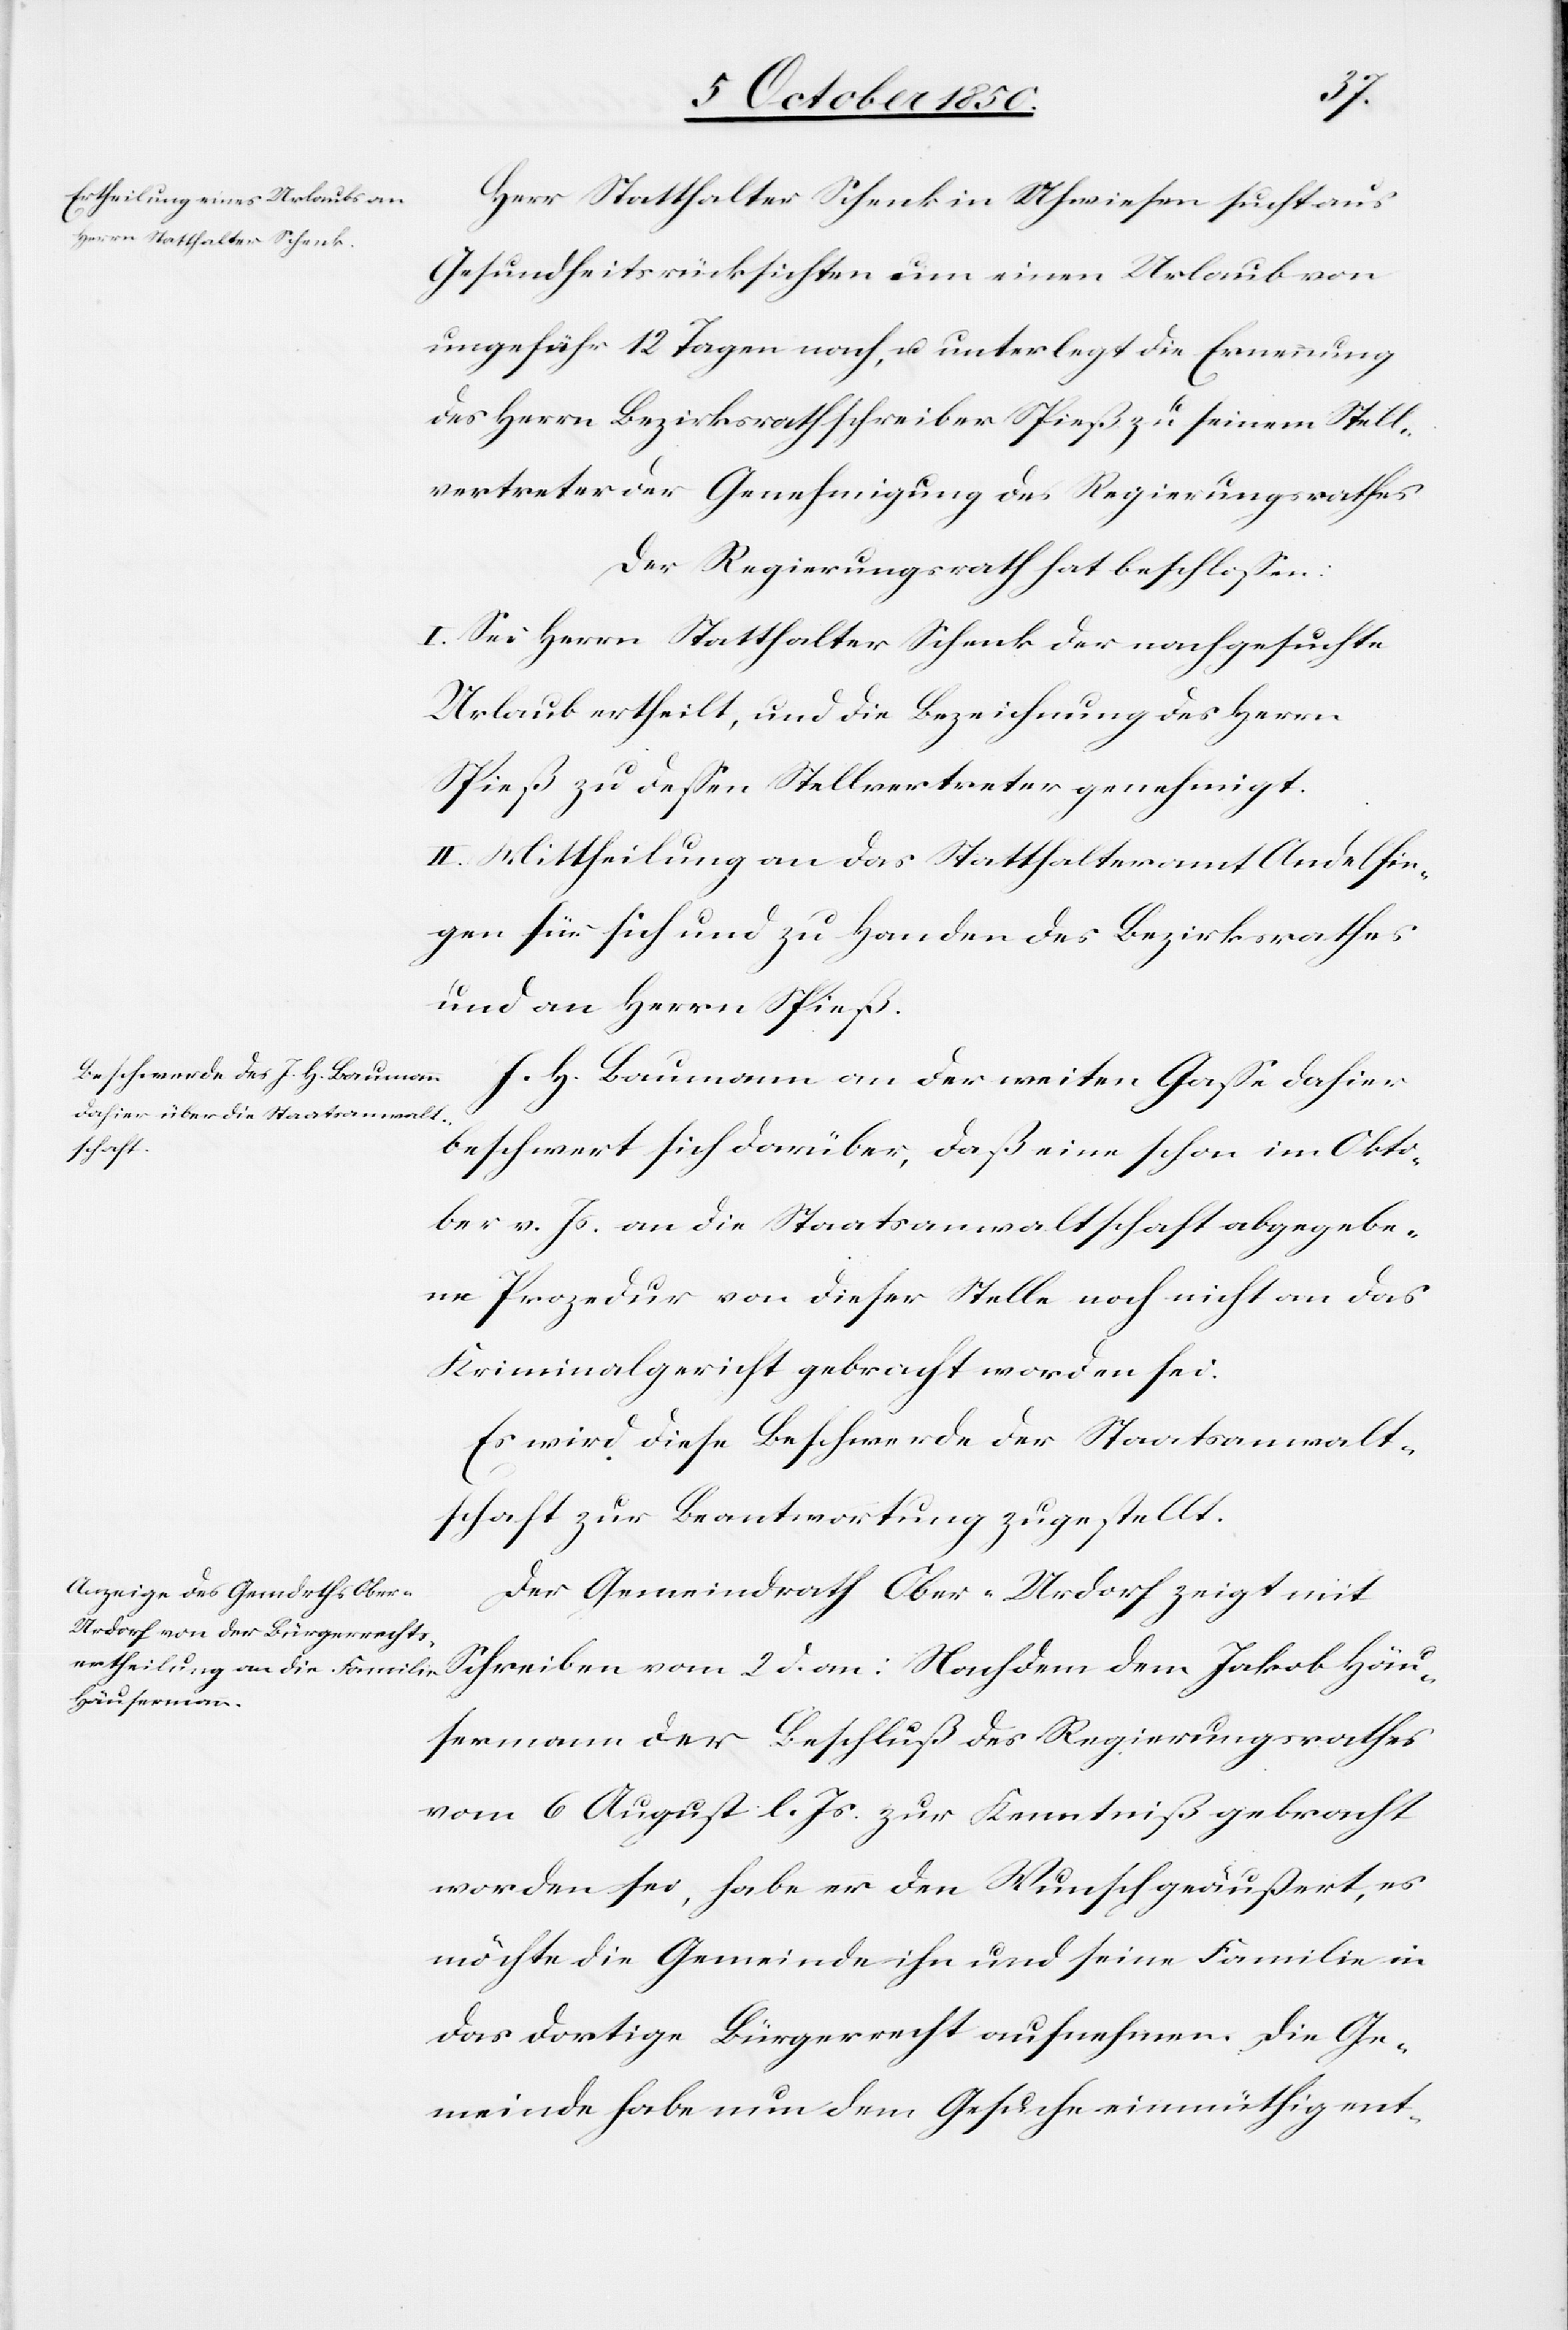
Herr Statthalter Schenk in Uhwiesen sucht aus
Gesundheitsrücksichten um einen Urlaub von
ungefähr 12 Tagen nach, u. unterlegt die Ernennung
des Herrn Bezirksrathschreiber Spieß zu seinem Stell¬
vertreter der Genehmigung des Regierungsrathes
Der Regierungsrath hat beschlossen:
I. Sei Herrn Statthalter Schenk der nachgesuchte
Urlaub ertheilt, und die Bezeichnung des Herrn
Spieß zu dessen Stellvertreter genehmigt.
II. Mittheilung an das Statthalteramt Andelfin¬
gen für sich und zu Handen des Bezirksrathes
und an Herrn Spieß.
J. H. Baumann an der weiten Gasse dahier
beschwert sich darüber, daß eine schon im Okto¬
ber v. Js. an die Staatsanwaltschaft abgegebe¬
ne Prozedur von dieser Stelle nach nicht an das
Kriminalgericht gebracht worden sei.
Es wird diese Beschwerde der Staatsanwalt¬
schaft zur Beantwortung zugestellt.
Der Gemeindrath Ober-Urdorf zeigt mit
Schreiben vom 2 d. an: Nachdem dem Jakob Häu¬
sermann der Beschluß des Regierungsrathes
vom 6 August l. Js. zur Kenntniß gebracht
worden sei, habe er den Wunsch geäussert, es
möchte die Gemeinde ihn und seine Familie in
das dortige Bürgerrecht aufnehmen. Die Ge¬
meinde habe nun dem Gesuche einmüthig ent-